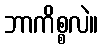
ဘာကိစ္စလဲ။